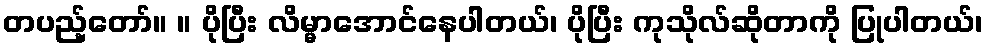
တပည့်တော်။ ။ ပိုပြီး လိမ္မာအောင်နေပါတယ်၊ ပိုပြီး ကုသိုလ်ဆိုတာကို ပြုပါတယ်၊